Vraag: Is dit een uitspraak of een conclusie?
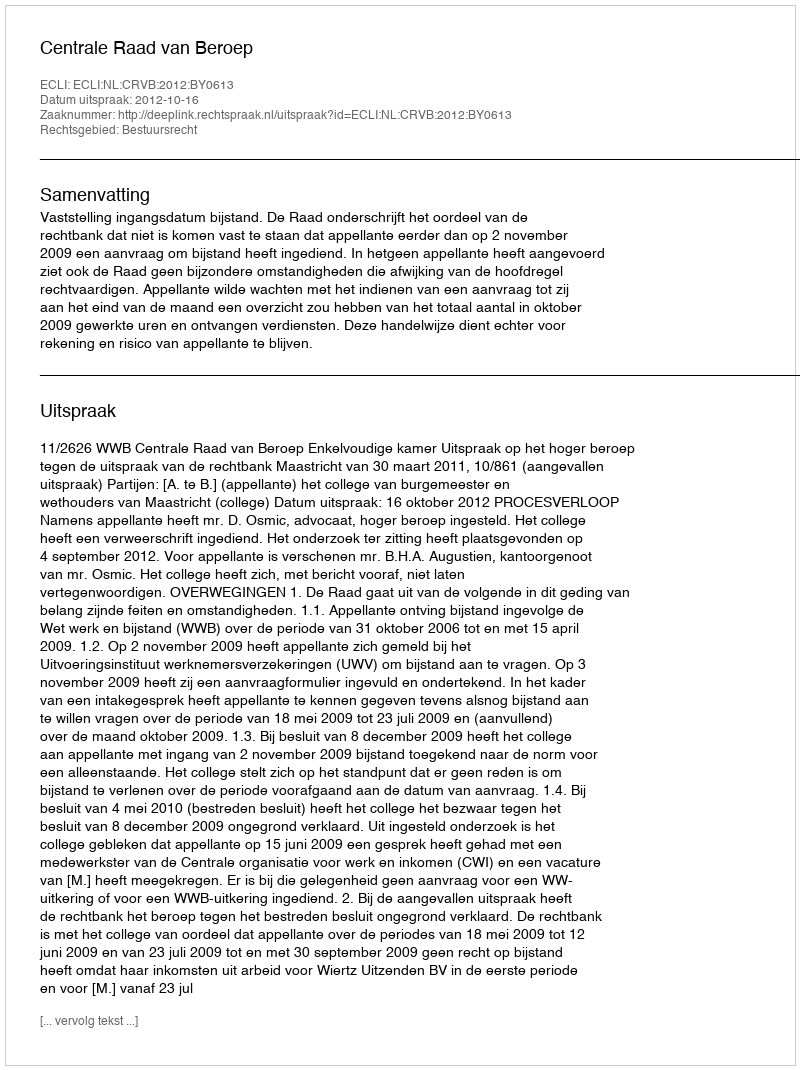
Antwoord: Uitspraak